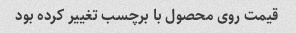
قیمت روی محصول با برچسب تغییر کرده بود